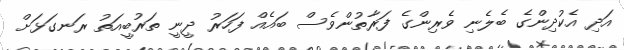
އަދި އެކުދިންގެ ބެލެނި ވެރިންގެ ފަރާތުންވެސް ބައެއް ފަހަރު ދީނީ ތަރުބީއަތު ރަނގަޅަށް